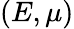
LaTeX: (E,\mu)